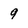
Character: 9